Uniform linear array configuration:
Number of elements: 8
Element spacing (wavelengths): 0.5
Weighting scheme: blackman
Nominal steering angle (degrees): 15
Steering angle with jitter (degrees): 14.688
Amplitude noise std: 0.05
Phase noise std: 0.05

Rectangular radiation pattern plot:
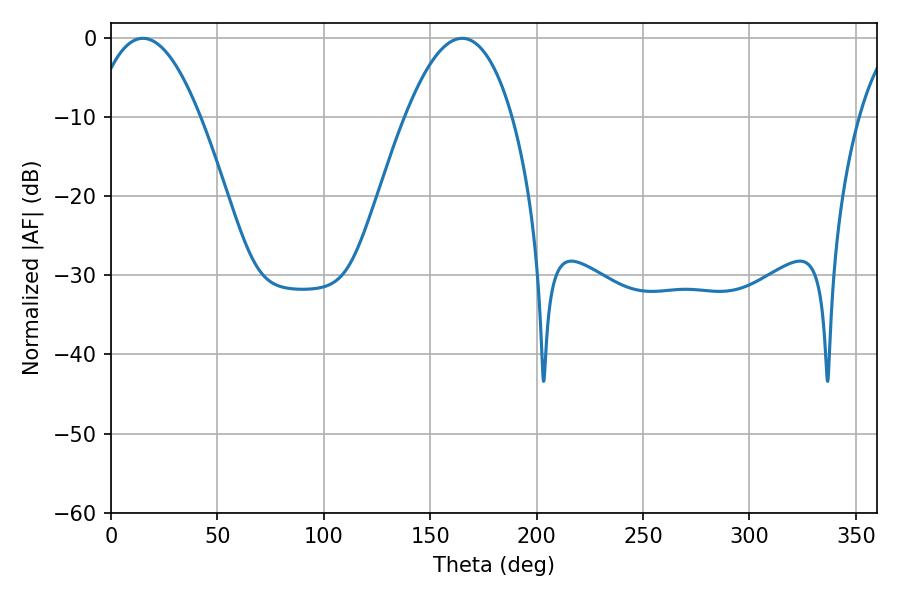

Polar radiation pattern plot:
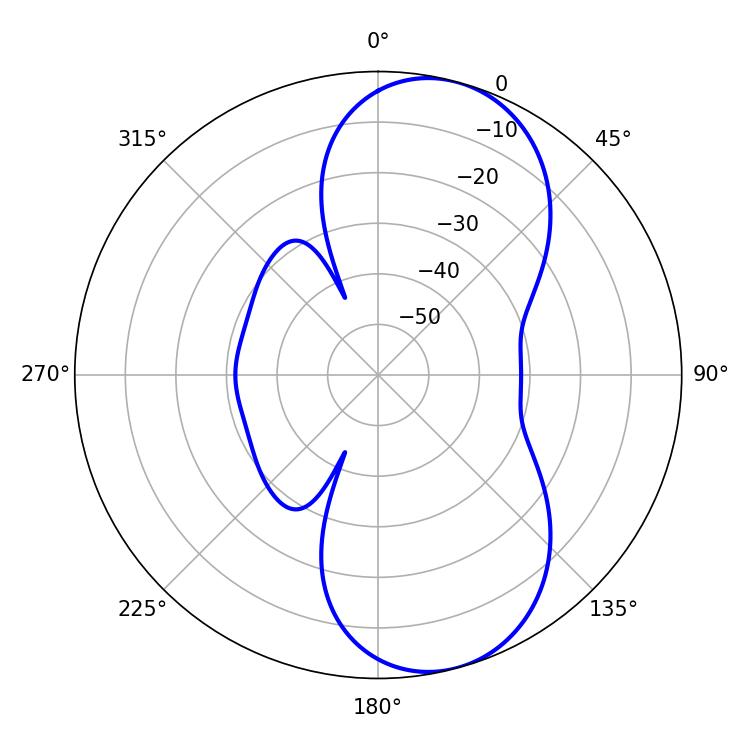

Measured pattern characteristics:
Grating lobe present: FALSE
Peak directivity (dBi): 8.505
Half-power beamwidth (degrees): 27.72
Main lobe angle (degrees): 14.94